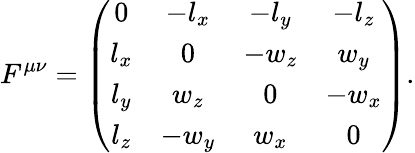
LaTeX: F^{\mu\nu}=\left(\begin{array}{cccc}{{0}}&{{-l_{x}}}&{{-l_{y}}}&{{-l_{z}}}\\ {{l_{x}}}&{{0}}&{{-w_{z}}}&{{w_{y}}}\\ {{l_{y}}}&{{w_{z}}}&{{0}}&{{-w_{x}}}\\ {{l_{z}}}&{{-w_{y}}}&{{w_{x}}}&{{0}}\end{array}\right).